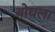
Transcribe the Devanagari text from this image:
बोधला